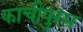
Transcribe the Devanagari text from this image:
काचीपुरम